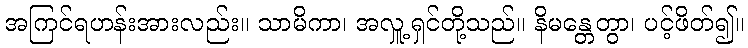
အကြင်ရဟန်းအားလည်း။ သာမိကာ၊ အလှူ့ရှင်တို့သည်။ နိမန္တေတွာ၊ ပင့်ဖိတ်၍။